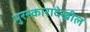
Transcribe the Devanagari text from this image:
पुरस्कारादेखील